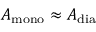
A _ { \mathrm { { m o n o } } } \approx A _ { \mathrm { { d i a } } }